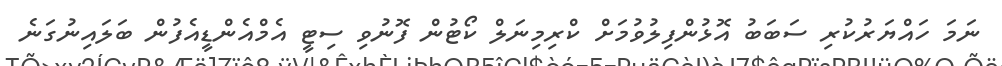
ނަމަ ހައްޔަރުކުރި ސަބަބު އޮޅުންފިލުވުމަށް ކްރިމިނަލް ކޯޓުން ފޮނުވި ސިޓީ އެމްއެންޑީއެފުން ބަލައިނުގަނެ